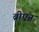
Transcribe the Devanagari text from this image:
ब्रीएन